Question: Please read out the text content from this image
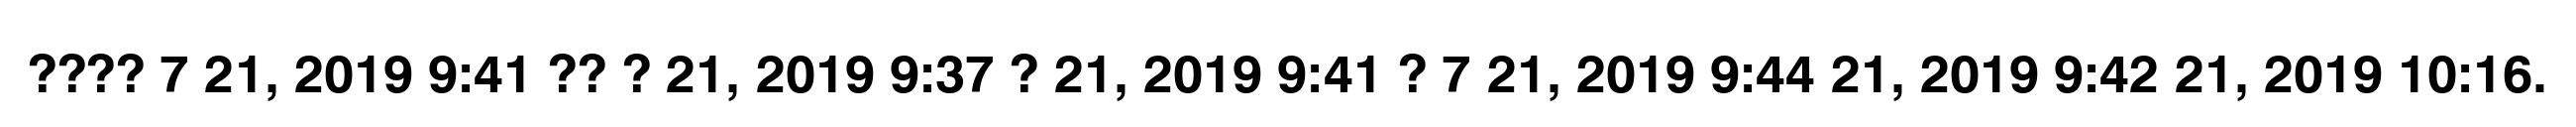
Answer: ???? 7 21, 2019 9:41 ?? ? 21, 2019 9:37 ? 21, 2019 9:41 ? 7 21, 2019 9:44 21, 2019 9:42 21, 2019 10:16.